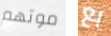
موتهم بع